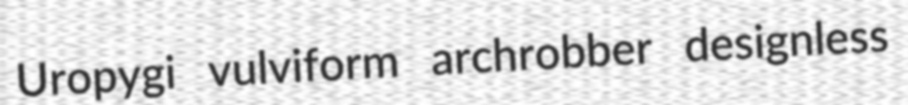
Uropygi vulviform archrobber designless